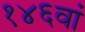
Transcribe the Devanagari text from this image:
१४६वां